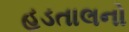
હડતાલનો